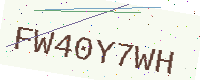
Text: FW40Y7WH